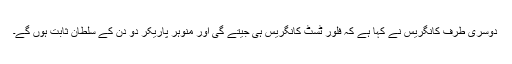
دوسری طرف کانگریس نے کہا ہے کہ فلور ٹسٹ کانگریس ہی جیتے گی اور منوہر پاریکر دو دن کے سلطان ثابت ہوں گے۔